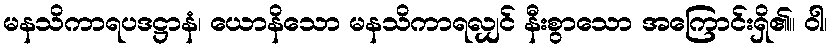
မနသိကာရပဒဋ္ဌာနံ၊ ယောနိသော မနသိကာရလျှင် နီးစွာသော အကြောင်းရှိ၏။ ဝါ၊